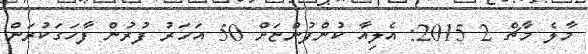
މާލެ މާޗް 2 2015: އެލިއާ ކުންފުންޏަށް 50 އަހަރު ފުރުން ފާހަގަކުރަން